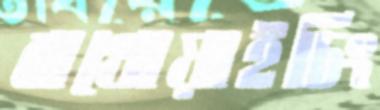
বাথোয়াইচিং